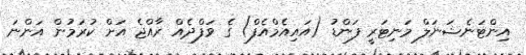
އިންޓަނެޝަނަލް މަނިޓަރީ ފަންޑު (އައިއެމްއެފް) ގެ ވަފްދެއް ރާއްޖެ އަށް ކުރަމުން އަންނަ